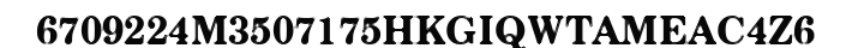
6709224M3507175HKGIQWTAMEAC4Z6